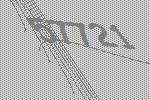
57721